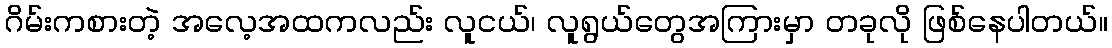
ဂိမ်းကစားတဲ့ အလေ့အထကလည်း လူငယ်၊ လူရွယ်တွေအကြားမှာ တခုလို ဖြစ်နေပါတယ်။